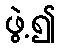
ဖွဲ့၍